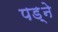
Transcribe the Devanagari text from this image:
पड़्ने